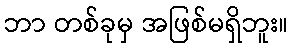
ဘာ တစ်ခုမှ အဖြစ်မရှိဘူး။